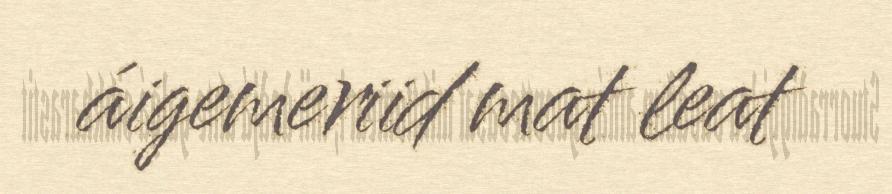
áigemeriid mat leat